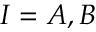
I = A , B